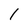
Character: l